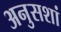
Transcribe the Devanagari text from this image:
अनुसशां